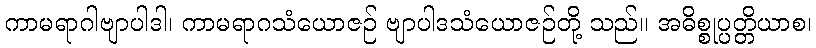
ကာမရာဂါဗျာပါဒါ၊ ကာမရာဂသံယောဇဉ် ဗျာပါဒသံယောဇဉ်တို့ သည်။ အဓိစ္စုပ္ပတ္တိယာစ၊